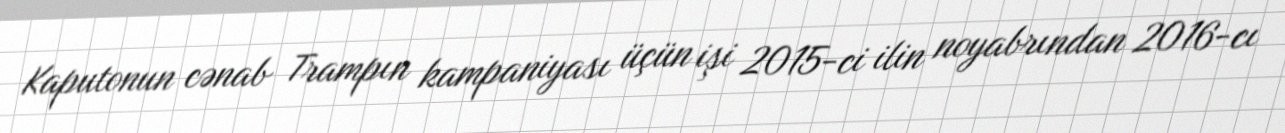
Kaputonun cənab Trampın kampaniyası üçün işi 2015-ci ilin noyabrından 2016-cı